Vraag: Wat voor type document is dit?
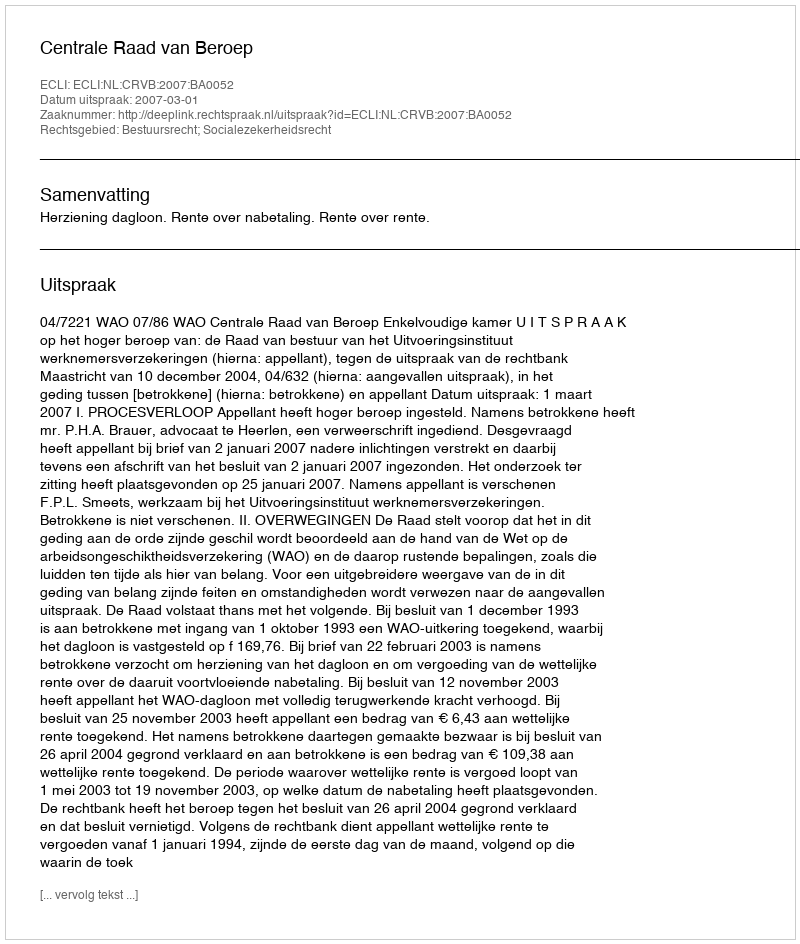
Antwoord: Uitspraak